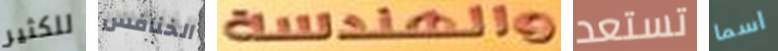
للكثير الخنافس والهندسة تستعد اسما